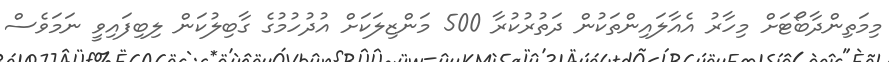
މިމަތިންދާބޯޓަށް މިހާރު އެއާލައިންތަކުން ދަތުރުކުރާ 500 މަންޒިލަކަށް އުދުހުމުގެ ގާބިލުކަން ލިބިފައިވީ ނަމަވެސް